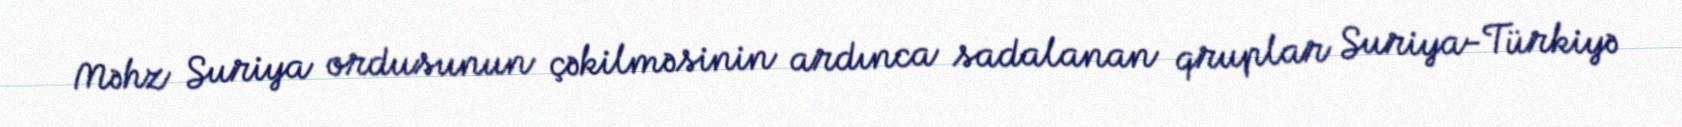
Məhz Suriya ordusunun çəkilməsinin ardınca sadalanan qruplar Suriya-Türkiyə